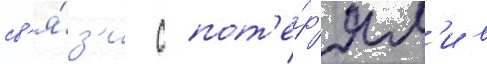
св'я́з'и с пот'е́р'ям'и в